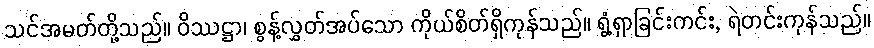
သင်အမတ်တို့သည်။ ဝိဿဋ္ဌာ၊ စွန့်လွှတ်အပ်သော ကိုယ်စိတ်ရှိကုန်သည်။ ရွံ့ရှာခြင်းကင်း, ရဲတင်းကုန်သည်။